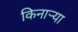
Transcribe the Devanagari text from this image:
किनार्‍या